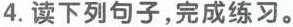
4.读下列句子，完成练习。